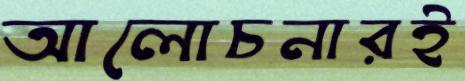
আলোচনারই